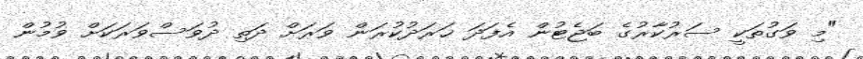
"މި ވަގުތަކީ ސަރުކާރުގެ ބަޖެޓުން އެފަދަ ޚަރަދުކުރަން ވަރަށް ދަތި ދުވަސްވަރަކަށް ވުމުން